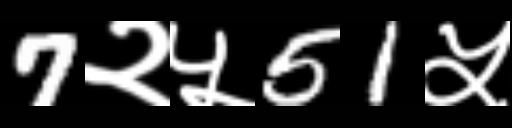
Text: 7२५51५